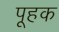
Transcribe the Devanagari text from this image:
पूहक